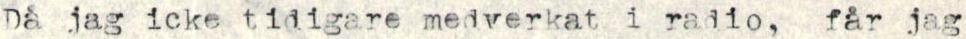
Då jag icke tidigare medverkat i radio, får jag